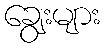
ချွေးများ